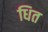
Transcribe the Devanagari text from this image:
धित